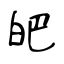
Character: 皅